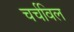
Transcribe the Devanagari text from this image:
चर्चविल